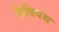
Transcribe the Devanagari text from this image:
फैबियस